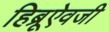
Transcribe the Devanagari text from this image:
हिब्रूऐवजी